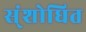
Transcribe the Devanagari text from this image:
स्ंशोधित